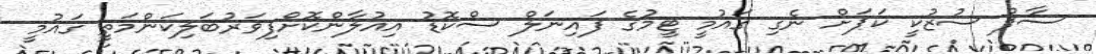
ސާފް ސުޒުކީ ކަޕަށް ނެގި ގައުމީ ޓީމުގެ ފައިނަލް ސްކޮޑު އިއުލާންކޮށްފިވަރުބަލިކަންމަތީ ގައުމީ